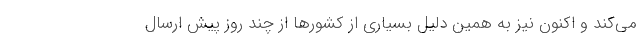
می‌کند و اکنون نیز به همین دلیل بسیاری از کشورها از چند روز پیش ارسال